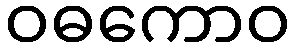
ဝဓကောဝ